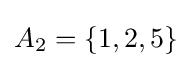
A_{2}=\{1,2,5\}